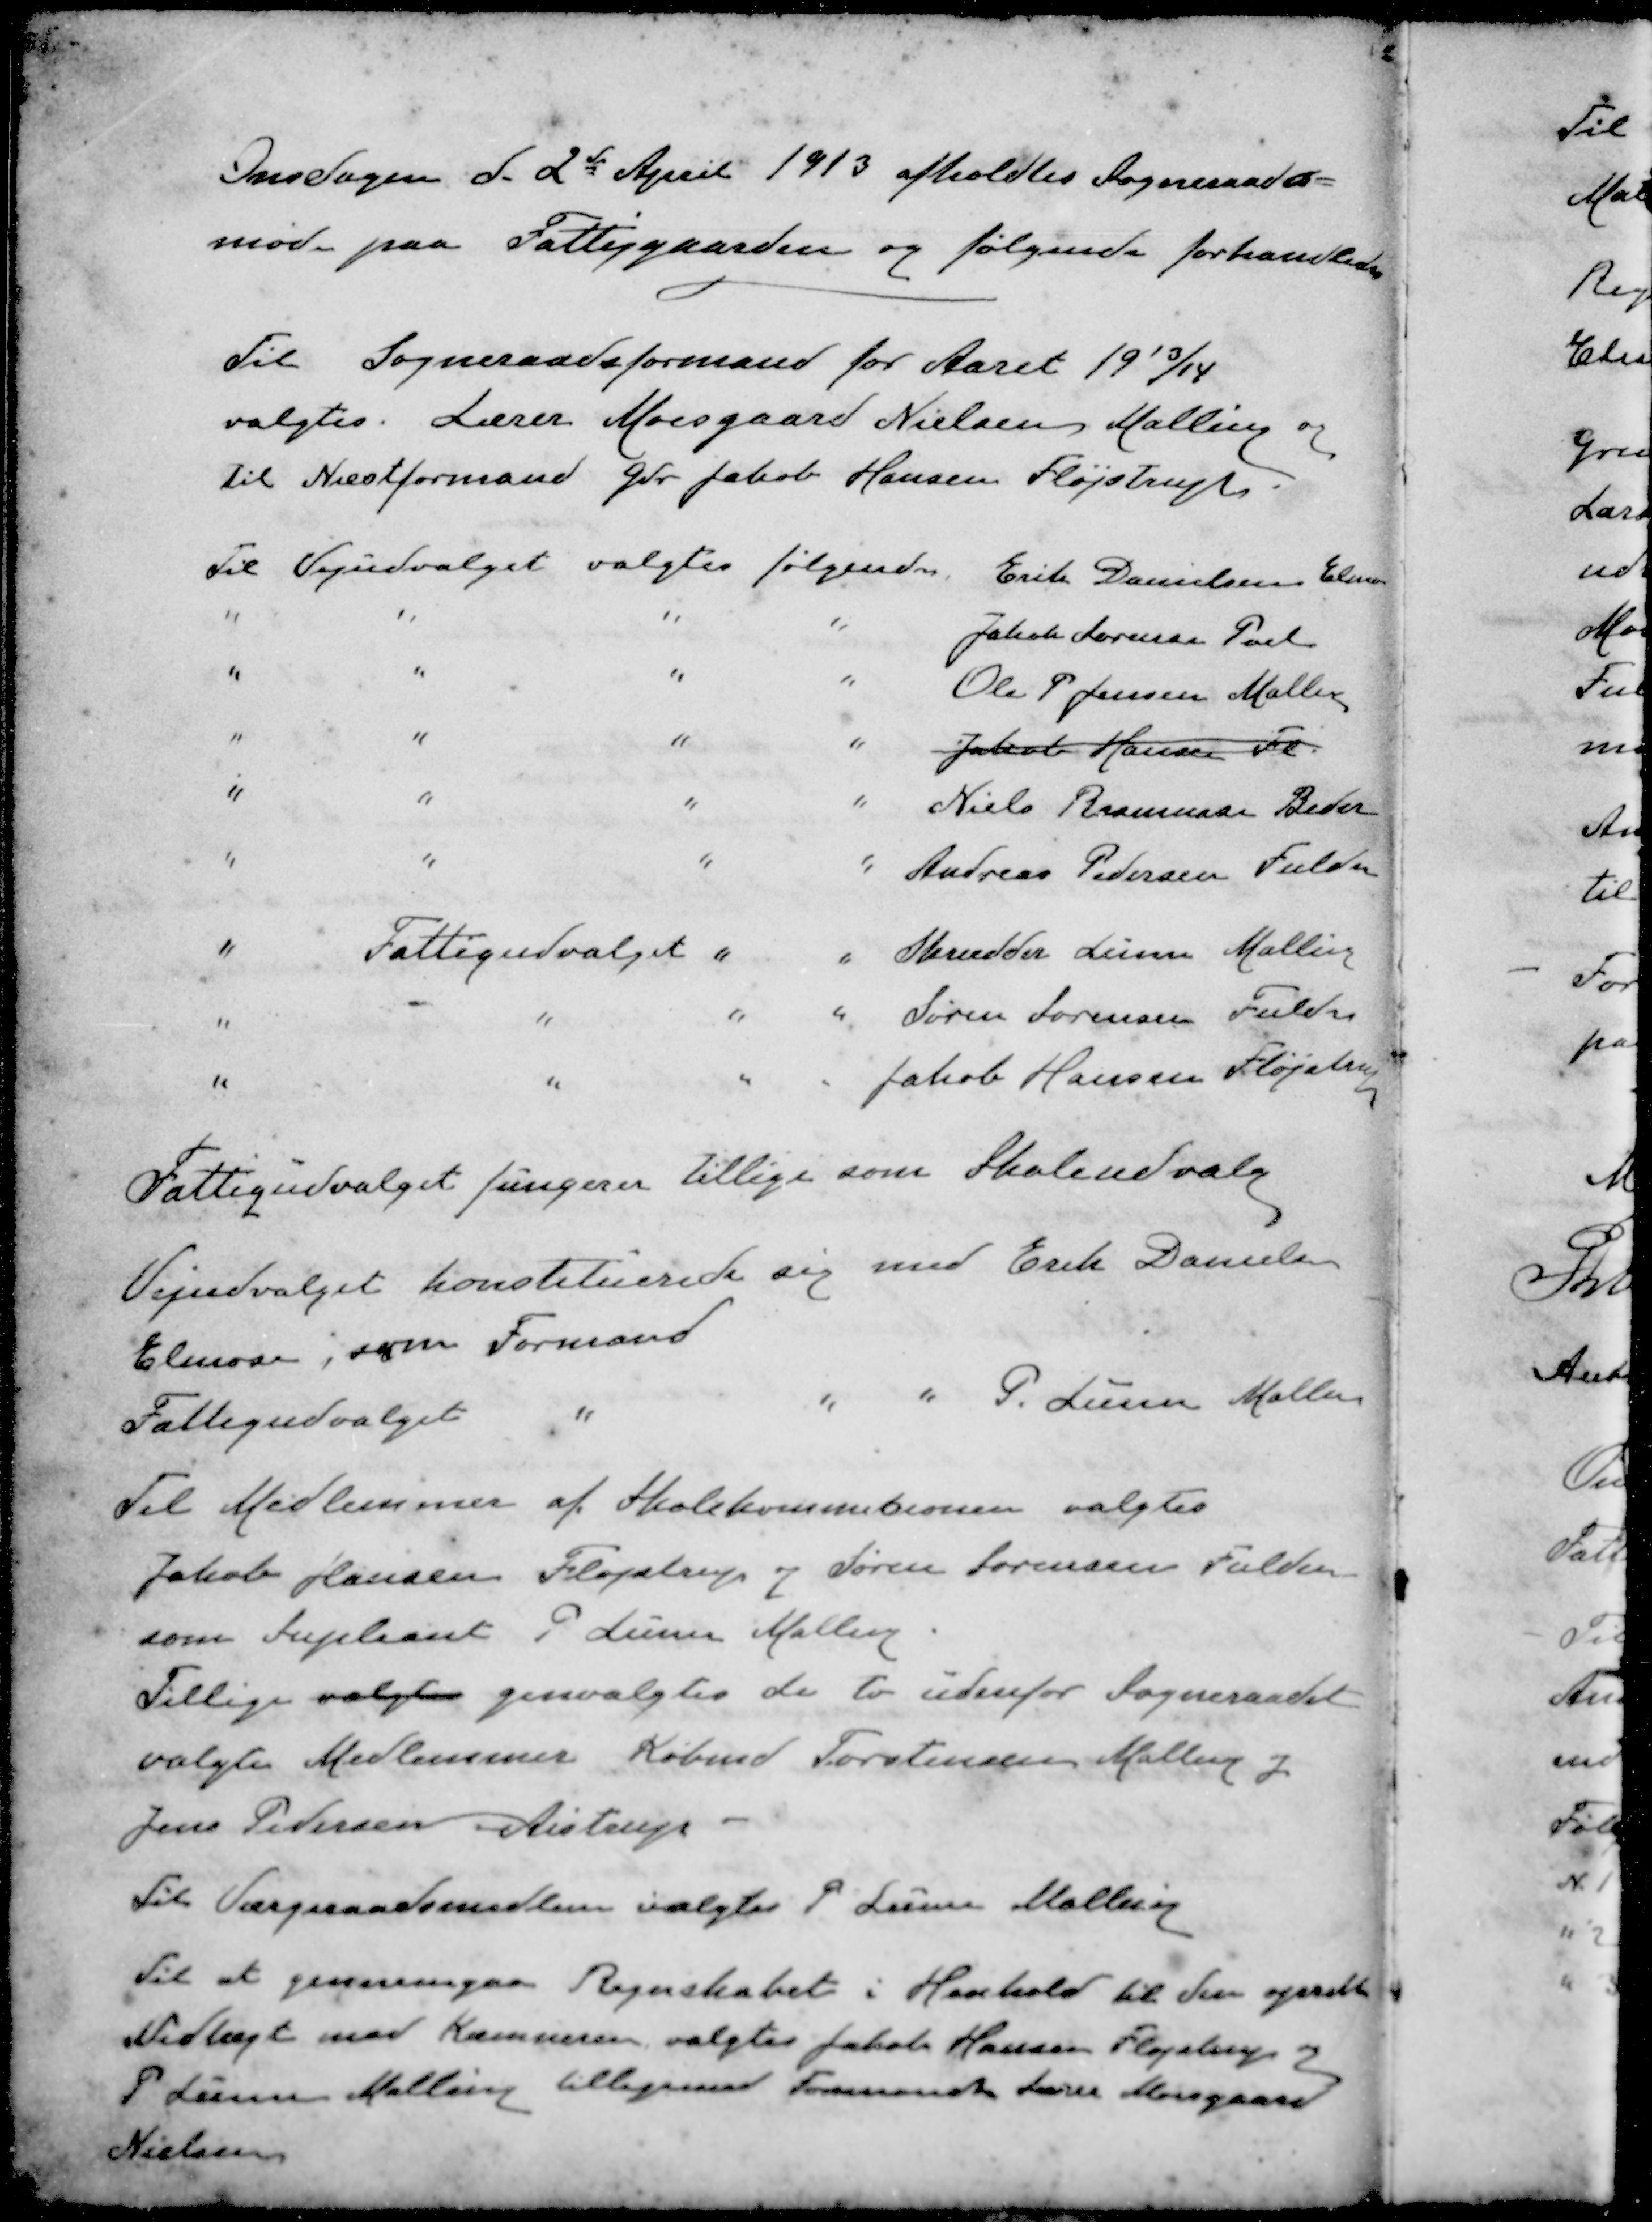
Transskription:
Onsdagen d. 2de April 1913 afholdtes Sogneraads-
møde paa Fattiggaarden og følgende forhandledes
Til Sogneraadsformand for Aaret 1913/14
valgtes Lærer Moesgaard Nielsen Malling og
til Næstformand Gdr Jakob Hansen Fløjstrup
Til Vejudvalget valgtes følgende Erik Danielsen Elmose
" " " " Jakob Sørensen Pøel
" " " " Ole P Jensen Malling
" " " " Jacob Hansen Fl.
" " " " Niels Rasmussen Peder
" " " " Andreas Pedersen Fulden
" Fattigudvalget " " Skrædder Lunn Malling
" " " " Søren Sørensen Fulden
" " " " Jakob Hansen Fløjstrup
Fattigudvalget fungerer tillige som Skoleudvalg
Vejudvalget konstituerede sig med Erik Danielsen
Elmose, som Formand
Fattigudvalget " " " P. Lunn Malling
Til Medlemmer af Skolekommisionen valgtes
Jakob Hansen Fløjstrup og Søren Sørensen Fulden
som Supleant P Lunn Malling
Tillige valgtes genvalgtes de to udenfor Sogneraadet
valgte Medlemmer Købmd Torstensen Malling og
Jens Pedersen Aistrup
Til Værgeraadsmedlem valgtes P Lunn Malling
Til at gennemgaa Regnskabet i Henhold til den oprette
Vedtægt med Kæmneren valgtes Jakob Hansen Fløjstrup
P Lunn Malling tilligemed Formand Lærer Mosgaard
Nielsen